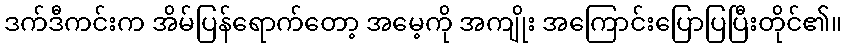
ဒက်ဒီကင်းက အိမ်ပြန်ရောက်တော့ အမေ့ကို အကျိုး အကြောင်းပြောပြပြီးတိုင်၏။